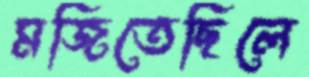
মজিতেছিলে